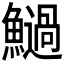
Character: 𩼣